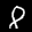
Label: 8